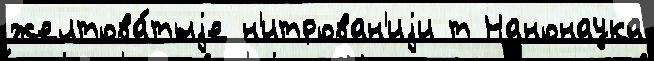
желтова́тыjе н'итрован'иjи т Нанонаука